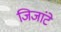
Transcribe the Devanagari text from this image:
जिजांटे